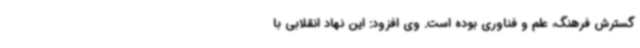
گسترش فرهنگ، علم و فناوری بوده است. وی افزود: این نهاد انقلابی با